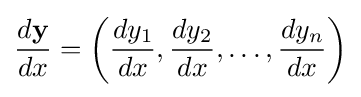
{\frac {d\mathbf {y} }{dx}}=\left({\frac {dy_{1}}{dx}},{\frac {dy_{2}}{dx}},\ldots ,{\frac {dy_{n}}{dx}}\right)